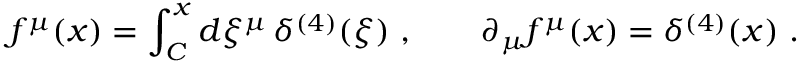
f ^ { \mu } ( x ) = \int _ { C } ^ { x } d \xi ^ { \mu } \, \delta ^ { ( 4 ) } ( \xi ) \ , \qquad \partial _ { \mu } f ^ { \mu } ( x ) = \delta ^ { ( 4 ) } ( x ) \ .